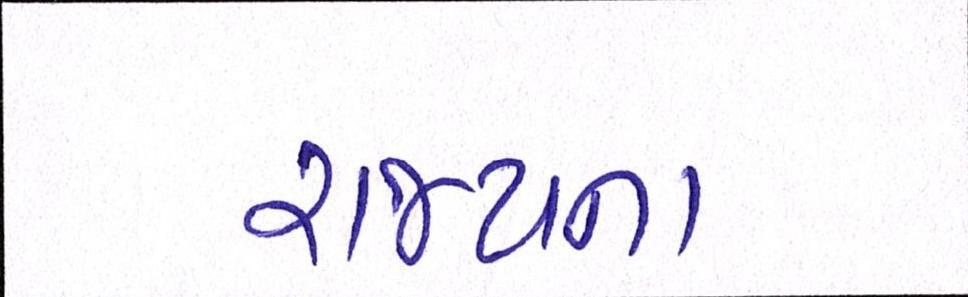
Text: રાજ્યના